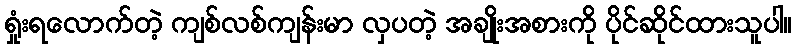
ရှုံးရလောက်တဲ့ ကျစ်လစ်ကျန်းမာ လှပတဲ့ အချိုးအစားကို ပိုင်ဆိုင်ထားသူပါ။